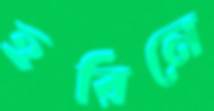
হরিনে